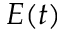
E ( t )